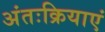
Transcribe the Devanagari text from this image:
अंतःक्रियाएं